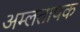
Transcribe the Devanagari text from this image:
अम्लतापक